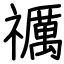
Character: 禲